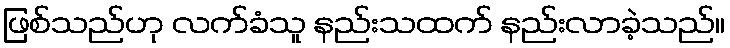
ဖြစ်သည်ဟု လက်ခံသူ နည်းသထက် နည်းလာခဲ့သည်။